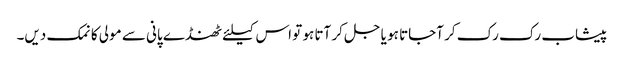
پیشاب رک رک کر آجاتا ہو یا جل کر آتا ہو تو اس کیلئے ٹھنڈے پانی سے مولی کا نمک دیں۔